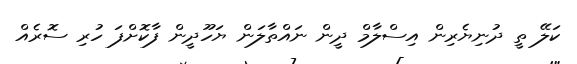
ކަލޭ ތީ ދުނިޔެރިން އިސްލާމް ދީން ނައްތާލަން ޔަހޫދީން ފާކޮށްފަ ހުރި ސޮރެއް